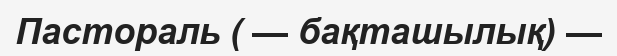
Пастораль ( — бақташылық) —